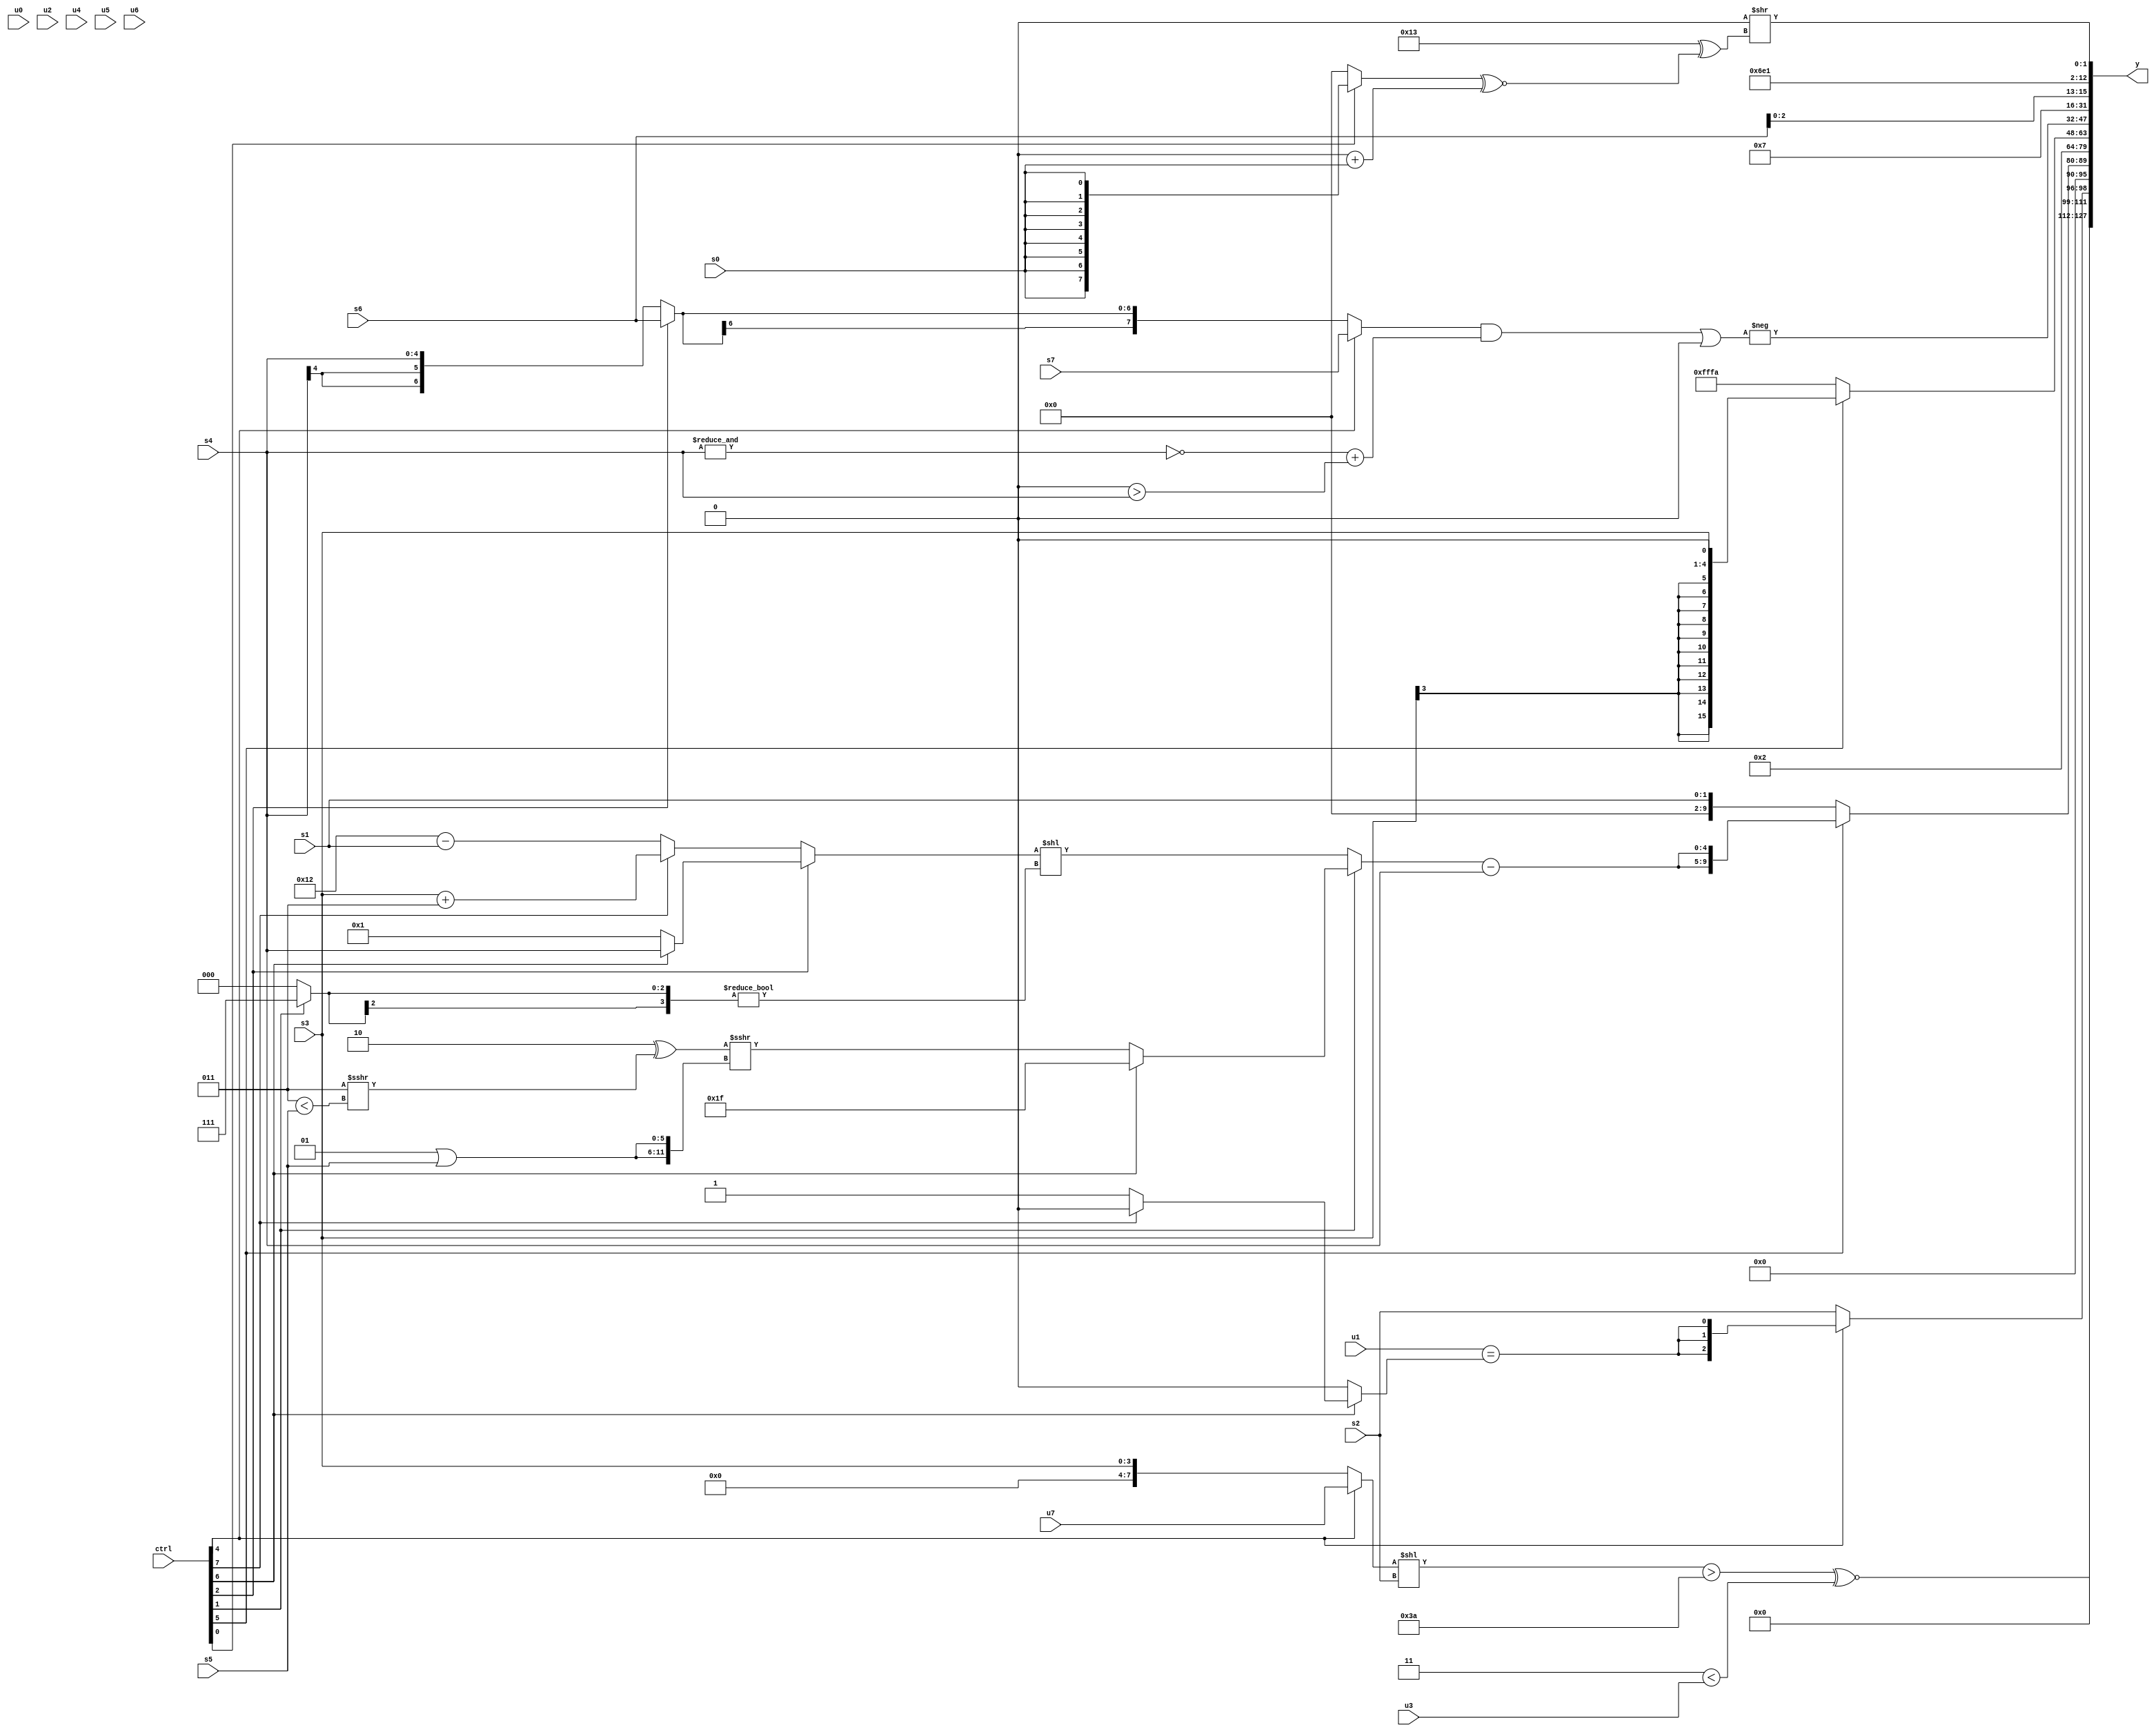
module wideexpr_00833(ctrl, u0, u1, u2, u3, u4, u5, u6, u7, s0, s1, s2, s3, s4, s5, s6, s7, y);
  input [7:0] ctrl;
  input [0:0] u0;
  input [1:0] u1;
  input [2:0] u2;
  input [3:0] u3;
  input [4:0] u4;
  input [5:0] u5;
  input [6:0] u6;
  input [7:0] u7;
  input signed [0:0] s0;
  input signed [1:0] s1;
  input signed [2:0] s2;
  input signed [3:0] s3;
  input signed [4:0] s4;
  input signed [5:0] s5;
  input signed [6:0] s6;
  input signed [7:0] s7;
  output [127:0] y;
  wire [15:0] y0;
  wire [15:0] y1;
  wire [15:0] y2;
  wire [15:0] y3;
  wire [15:0] y4;
  wire [15:0] y5;
  wire [15:0] y6;
  wire [15:0] y7;
  assign y = {y0,y1,y2,y3,y4,y5,y6,y7};
  assign y0 = (((+((ctrl[4]?u7:s3)))<<(s2))>($signed($signed(6'b111010))))^~(({2{~&({s0,1'sb1,2'sb01,2'b00})}})<($signed(u3)));
  assign y1 = {(ctrl[4]?$signed((u1)==((ctrl[6]?(ctrl[7]?1'b0:1'sb1):{4{1'sb0}}))):s2)};
  assign y2 = (ctrl[5]?{2{((ctrl[1]?(ctrl[6]?$signed((ctrl[6]?3'sb111:2'sb01)):((2'sb10)^((3'sb011)>>>((4'sb0011)<(s5))))>>>({2{+((2'sb01)|(s5))}})):($signed((ctrl[2]?(ctrl[6]?s4:4'sb0001):(ctrl[7]?(s3)+(3'sb011):(5'sb10010)-(s1)))))<<(($signed(((ctrl[1]?s3:s2))<<<(6'sb110011)))!=($signed($unsigned((ctrl[1]?1'sb1:3'sb000)))))))-(s4)}}:(s1)>>>(1'sb0));
  assign y3 = +(3'sb010);
  assign y4 = (ctrl[5]?(s3)<<<(+(1'sb1)):4'sb1010);
  assign y5 = -((({(ctrl[4]?s7:(ctrl[2]?s6:s4))})&((~&($signed(s4)))+(((ctrl[6]?3'sb000:3'sb000))>(s4))))|(1'b0));
  assign y6 = 4'sb0111;
  assign y7 = {s6,6'sb110111,$signed(5'b00001),({2'sb00})>>((6'sb110011)^(((ctrl[0]?$signed(s0):+(1'sb0)))^~(((s7)<<<(4'sb1100))+(+(s0)))))};
endmodule